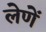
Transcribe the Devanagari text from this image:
लेणें